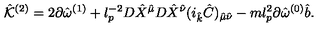
{ \hat { \cal K } } ^ { ( 2 ) } = 2 \partial { \hat { \omega } } ^ { ( 1 ) } + l _ { p } ^ { - 2 } D { \hat { X } } ^ { \hat { \mu } } D { \hat { X } } ^ { \hat { \nu } } ( i _ { \hat { k } } { \hat { C } } ) _ { { \hat { \mu } } { \hat { \nu } } } - m l _ { p } ^ { 2 } \partial { \hat { \omega } } ^ { ( 0 ) } { \hat { b } } .